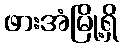
ဖားအံမြို့ရှိ